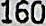
160